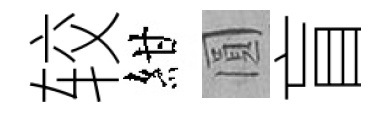
较紺圓盲